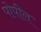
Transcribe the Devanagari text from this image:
पोपील